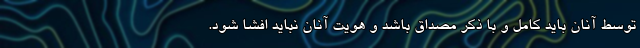
توسط آنان باید کامل و با ذکر مصداق باشد و هویت آنان نباید افشا شود.